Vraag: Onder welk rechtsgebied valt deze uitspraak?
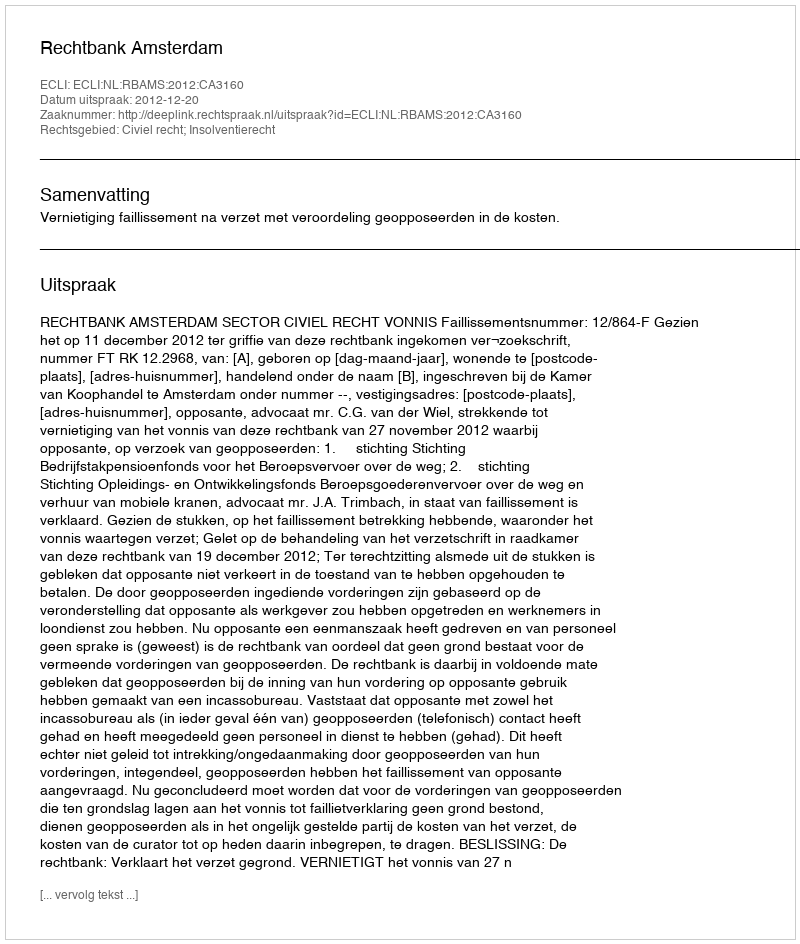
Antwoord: Civiel recht; Insolventierecht